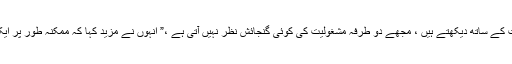
انہوں نے کہا ، “اس ماحول میں اور آج ہم نئی دہلی میں جس ذہنیت کے ساتھ دیکھتے ہیں ، مجھے دو طرفہ مشغولیت کی کوئی گنجائش نظر نہیں آتی ہے ،” انہوں نے مزید کہا کہ ممکنہ طور پر ایک کثیر جہتی فورم یا کسی تیسرے فریق ثالث کی ضرورت ہوگی۔